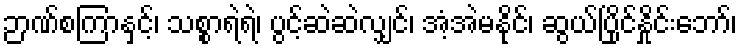
ဉာဏ်စကြာနှင့်၊ သစ္စာရဲရဲ၊ ပွင့်ဆဲဆဲလျှင်၊ အံ့အဲမနိုင်၊ ဆွယ်ပြိုင်နှိုင်းဘော်၊